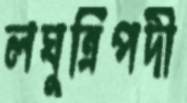
লঘুত্রিপদী